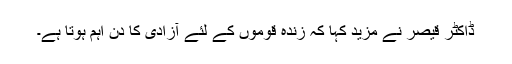
ڈاکٹر قیصر نے مزید کہا کہ زندہ قوموں کے لئے آزادی کا دن اہم ہوتا ہے۔